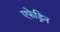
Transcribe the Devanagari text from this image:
एफेड्रिन